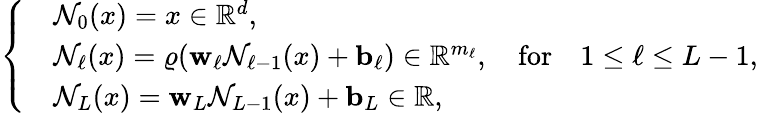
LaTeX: \begin{array}{r}{\left\{ \begin{array}{rl}&{\mathcal{N}_{0}(x)=x\in\mathbb R^{d},}\\ &{\mathcal{N}_{\ell}(x)=\varrho(\mathbf{w}_{\ell}\mathcal{N}_{\ell-1}(x)+\mathbf{b}_{\ell})\in\mathbb R^{m_{\ell}},\quad{\mathrm{for}}\quad 1\leq\ell\leq L-1,}\\ &{\mathcal{N}_{L}(x)=\mathbf{w}_{L}\mathcal{N}_{L-1}(x)+\mathbf{b}_{L}\in\mathbb R,}\end{array}\right.}\end{array}